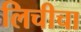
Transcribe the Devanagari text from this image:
लिचीचा